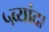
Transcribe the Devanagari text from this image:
५व्यांदा